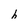
Character: h